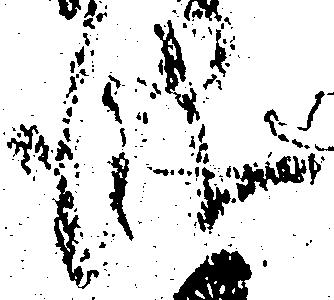
儀